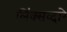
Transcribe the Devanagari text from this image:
लिंक्सव्दारे